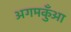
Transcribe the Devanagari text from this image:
अगमकुँआ